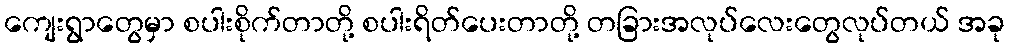
ကျေးရွာတွေမှာ စပါးစိုက်တာတို့ စပါးရိတ်ပေးတာတို့ တခြားအလုပ်လေးတွေလုပ်တယ် အခု